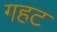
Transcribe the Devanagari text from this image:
गहट